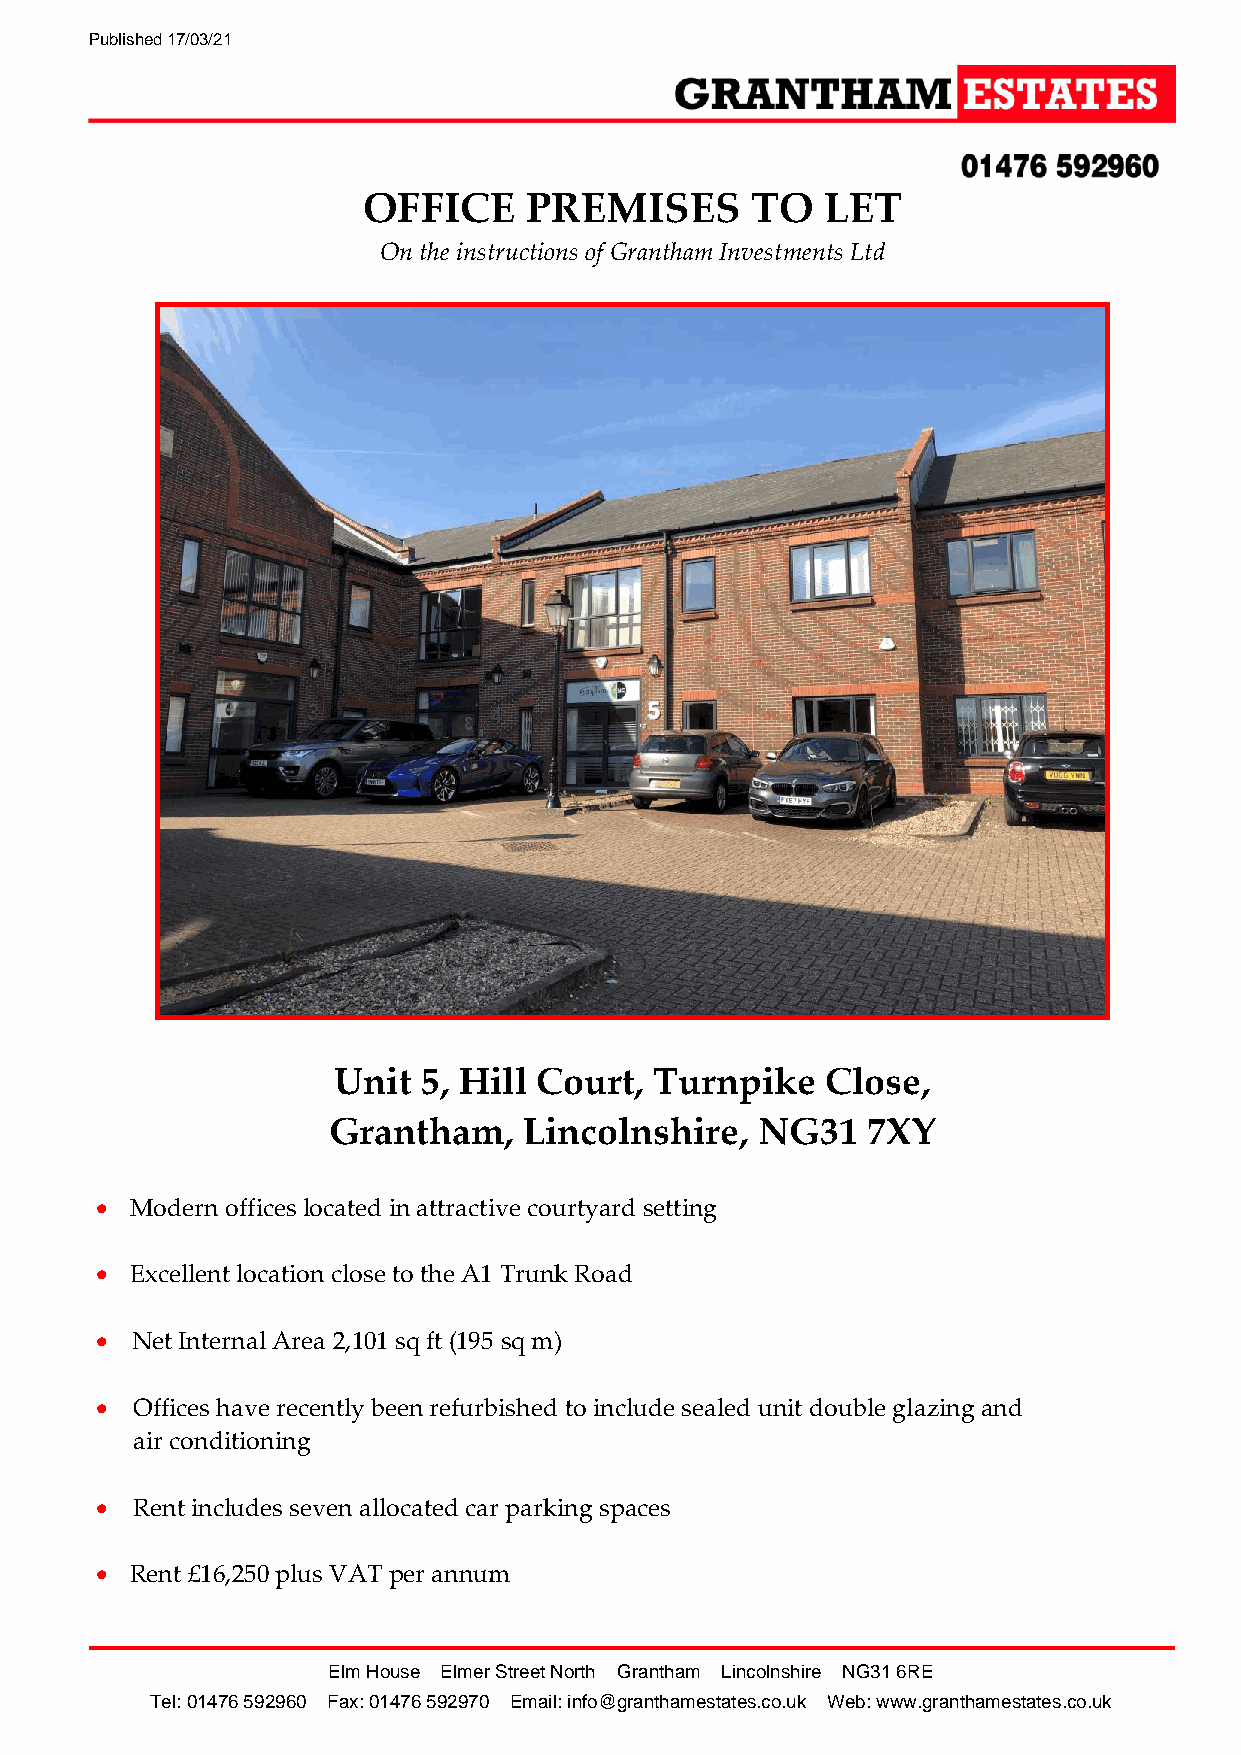
Published 17/03/21
 OFFICE     PREMISES       TO   LET
 On the instructions of Grantham Investments Ltd
 Unit  5, Hill Court, Turnpike    Close,
 Grantham,    Lincolnshire,  NG31   7XY
 •  Modern offices located in attractive courtyard setting
 •  Excellent location close to the A1 Trunk Road
 •  Net Internal Area 2,101 sq ft (195 sq m)
 •  Offices have recently been refurbished to include sealed unit double glazing and
 air conditioning
 •  Rent includes seven allocated car parking spaces
 •  Rent £16,250 plus VAT per annum
 Elm House Elmer Street North Grantham Lincolnshire NG31 6RE
 Tel: 01476 592960 Fax: 01476 592970 Email: info@granthamestates.co.uk Web: www.granthamestates.co.uk